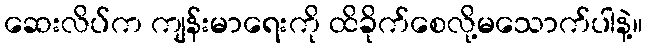
ဆေးလိပ်က ကျန်းမာရေးကို ထိခိုက်စေလို့မသောက်ပါနဲ့။